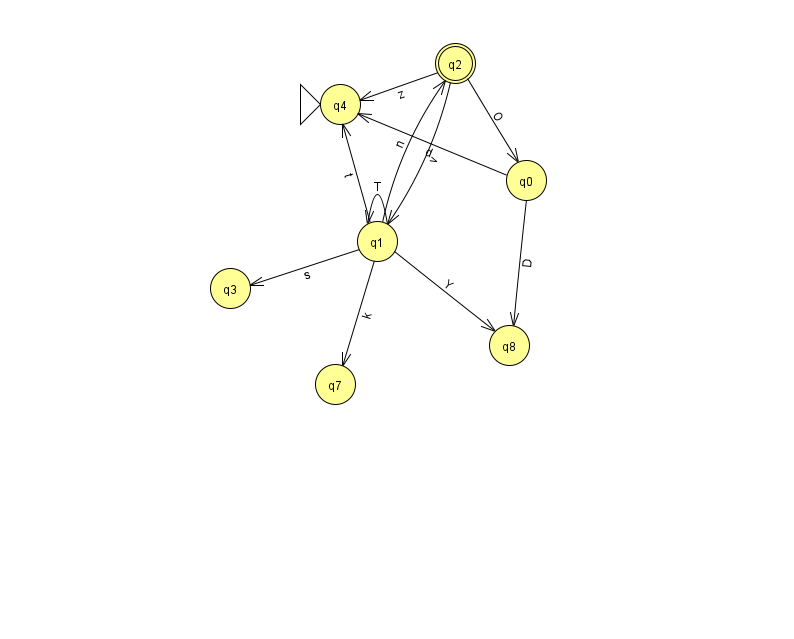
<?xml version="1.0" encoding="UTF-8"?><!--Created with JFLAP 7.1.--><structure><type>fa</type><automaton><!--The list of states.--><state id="0" name="q0"><x>526.0</x><y>167.0</y></state><state id="1" name="q1"><x>377.0</x><y>228.0</y></state><state id="2" name="q2"><x>455.0</x><y>50.0</y><final/></state><state id="3" name="q3"><x>230.0</x><y>275.0</y></state><state id="4" name="q4"><x>340.0</x><y>91.0</y><initial/></state><state id="7" name="q7"><x>335.0</x><y>371.0</y></state><state id="8" name="q8"><x>509.0</x><y>332.0</y></state><!--The list of transitions.--><transition><from>0</from><to>4</to><read>d</read></transition><transition><from>1</from><to>3</to><read>s</read></transition><transition><from>1</from><to>4</to><read>t</read></transition><transition><from>2</from><to>1</to><read>v</read></transition><transition><from>1</from><to>1</to><read>T</read></transition><transition><from>1</from><to>8</to><read>Y</read></transition><transition><from>2</from><to>4</to><read>z</read></transition><transition><from>2</from><to>0</to><read>O</read></transition><transition><from>0</from><to>8</to><read>D</read></transition><transition><from>1</from><to>2</to><read>n</read></transition><transition><from>1</from><to>7</to><read>k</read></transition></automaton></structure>